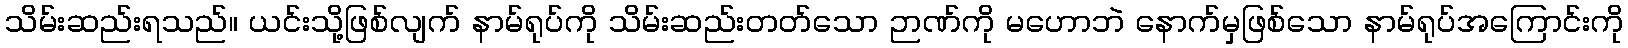
သိမ်းဆည်းရသည်။ ယင်းသို့ဖြစ်လျက် နာမ်ရုပ်ကို သိမ်းဆည်းတတ်သော ဉာဏ်ကို မဟောဘဲ နောက်မှဖြစ်သော နာမ်ရုပ်အကြောင်းကို